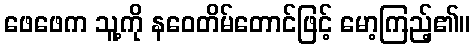
ဖေဖေက သူ့ကို နဝေတိမ်တောင်ဖြင့် မော့ကြည့်၏။